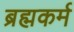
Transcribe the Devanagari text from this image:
ब्रह्मकर्म